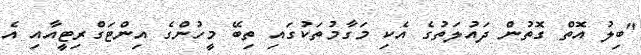
"ބިލު އޮތް ގޮތުން ދައުލަތުގެ އެކި މަގާމުތަކުގައި ތިބޭ މީހުންގެ އިންޓަގްރިޓީއާއި އެ